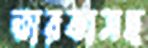
তারকাসহ